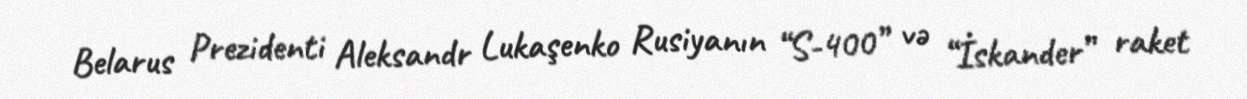
Belarus Prezidenti Aleksandr Lukaşenko Rusiyanın “S-400” və “İskander” raket